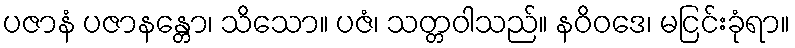
ပဇာနံ ပဇာနန္တော၊ သိသော။ ပဇံ၊ သတ္တဝါသည်။ နဝိဝဒေ၊ မငြင်းခုံရာ။